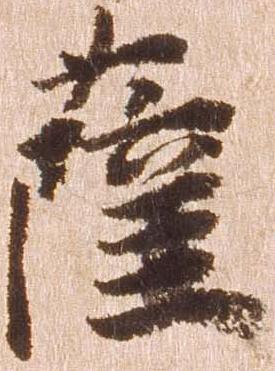
薩